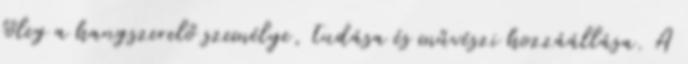
főleg a hangszerelő személye, tudása és művészi hozzáállása. A